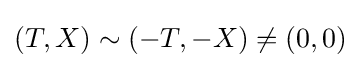
(T,X)\sim (-T,-X)\neq (0,0)